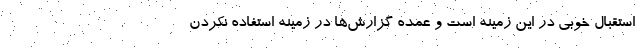
استقبال خوبی در این زمینه است و عمده گزارش‌ها در زمینه استفاده نکردن